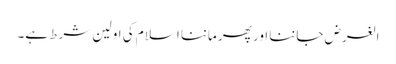
الغرض جاننا اور پھر ماننا اسلام کی اولین شرط ہے۔